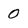
Character: 0